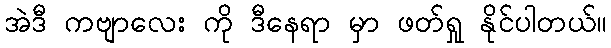
အဲဒီ ကဗျာလေး ကို ဒီနေရာ မှာ ဖတ်ရှု နိုင်ပါတယ်။